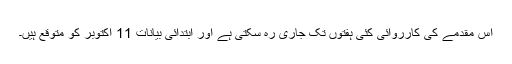
اس مقدمے کی کارروائی کئی ہفتوں تک جاری رہ سکتی ہے اور ابتدائی بیانات 11 اکتوبر کو متوقع ہیں۔